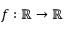
f : \mathbb { R } \rightarrow \mathbb { R }